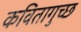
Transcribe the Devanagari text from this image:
कवितागुच्छ